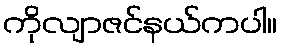
ကိုလျာဇင်နယ်ကပါ။